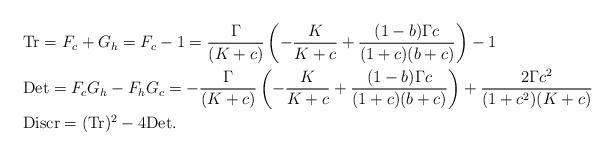
LaTeX: \begin{align*}&{\rm Tr}=F_{c}+G_h=F_c-1=\frac{\Gamma}{(K+c)}\left(-\frac{K}{K+c}+\frac{(1-b)\Gamma c}{(1+c)(b+c)}\right)-1\\&{\rm Det}=F_cG_h-F_hG_c=-\frac{\Gamma}{(K+c)}\left(-\frac{K}{K+c}+\frac{(1-b)\Gamma c}{(1+c)(b+c)}\right)+\frac{2\Gamma c^2}{(1+c^2)(K+c)}\\&{\rm Discr}=({\rm Tr})^2-{\rm 4Det}.\end{align*}